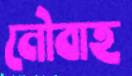
নৌবাহ